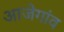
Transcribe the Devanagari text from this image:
आजेगांव